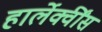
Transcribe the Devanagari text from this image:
हार्लेक्वींस